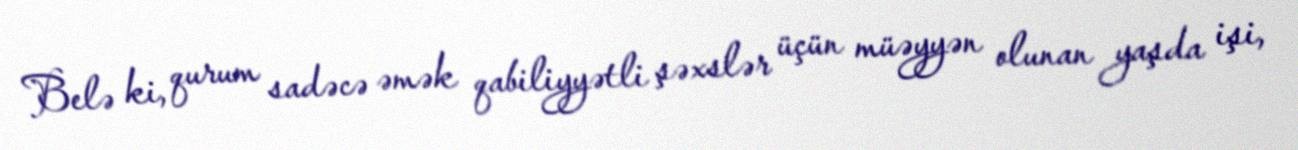
Belə ki, qurum sadəcə əmək qabiliyyətli şəxslər üçün müəyyən olunan yaşda işi,